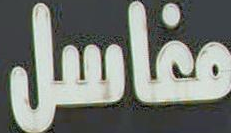
مفاسل